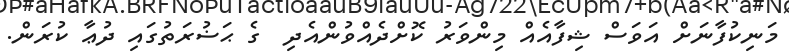
މަނިކުފާނަށް އަވަސް ޝިފާއެއް މިންވަރު ކޮށްދެއްވުންއެދި  ގެ ޙަޟުރަތުގައި ދުޢާ ކުރަން.